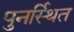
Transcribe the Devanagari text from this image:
पुनर्स्थित